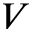
V